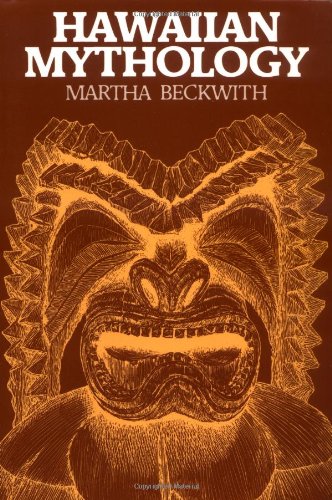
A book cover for Hawaiian Mythology; Martha Warren Beckwith; Literature & Fiction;